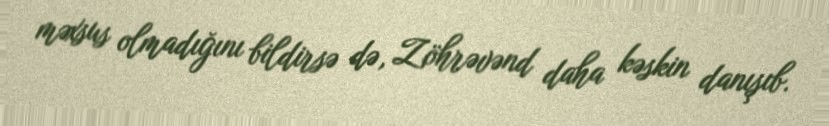
məxsus olmadığını bildirsə də, Zöhrəvənd daha kəskin danışıb.